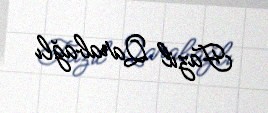
Fazil Qarabağlı